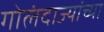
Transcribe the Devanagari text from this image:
गोलंदाज्यांच्या